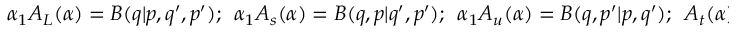
\alpha _ { 1 } A _ { L } ( \alpha ) = B ( q | p , q ^ { \prime } , p ^ { \prime } ) ; \ \ \alpha _ { 1 } A _ { s } ( \alpha ) = B ( q , p | q ^ { \prime } , p ^ { \prime } ) ; \ \ \alpha _ { 1 } A _ { u } ( \alpha ) = B ( q , p ^ { \prime } | p , q ^ { \prime } ) ; \ \ A _ { t } ( \alpha ) = B ( q , q ^ { \prime } | p , p ^ { \prime } ) \, .